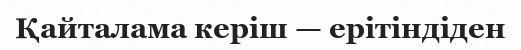
Қайталама керіш — ерітіндіден